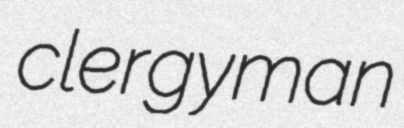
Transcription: clergyman